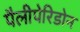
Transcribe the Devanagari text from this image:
पैलीपेरिडोन